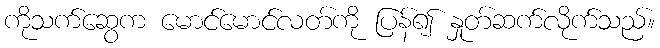
ကိုသက်ဆွေက မောင်မောင်လတ်ကို ပြန်၍ နှုတ်ဆက်လိုက်သည်။